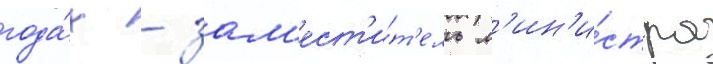
года́х - зам'ест'и́т'ель м'ин'и́стра